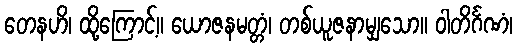
တေနဟိ၊ ထို့ကြောင့်။ ယောဇနမတ္တံ၊ တစ်ယူဇနာမျှသော။ ဝါတိင်္ဂဏံ၊